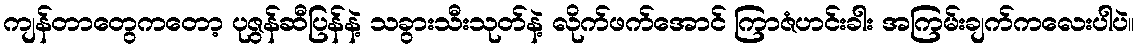
ကျန်တာတွေကတော့ ပုဇွန်ဆီပြန်နဲ့ သခွားသီးသုတ်နဲ့ လိုက်ဖက်အောင် ကြာဇံဟင်းခါး အကြမ်းချက်ကလေးပါပဲ။